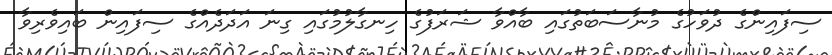
ސިފައިންގެ ދުވަހުގެ މުނާސަބަތުގައި ބާއްވާ ޝަރަފުގެ ހިނގާލުމުގައި ގިނަ އަދަދެއްގެ ސިފައިން ބައިވެރިވާ